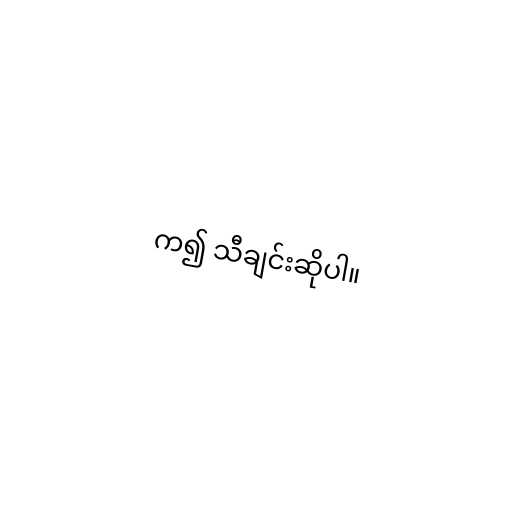
က၍ သီချင်းဆိုပါ။